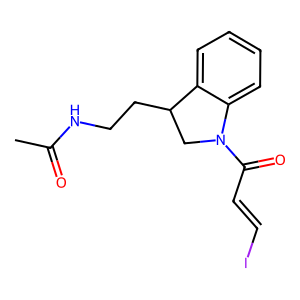
SMILES: CC(=O)NCCC1CN(C(=O)C=CI)c2ccccc21
Inhibits HIV replication: No